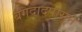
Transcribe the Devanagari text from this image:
बगदादपासून